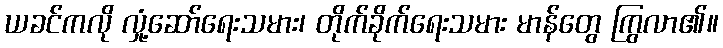
ယခင်ကလို လှုံ့ဆော်ရေးသမား၊ တိုက်ခိုက်ရေးသမား မာန်တွေ ကြွလာ၏။